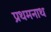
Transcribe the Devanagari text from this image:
प्रथमनाथ